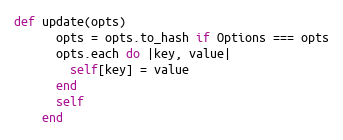
Language: Ruby
def update(opts)
      opts = opts.to_hash if Options === opts
      opts.each do |key, value|
        self[key] = value
      end
      self
    end